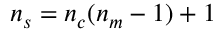
n _ { s } = n _ { c } ( n _ { m } - 1 ) + 1